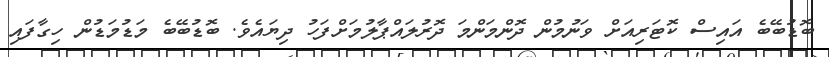
ބޮޑުބޭބެ އައިސް ކޮޓަރިއަށް ވަނުމުން ދޮންމަންމަ ދޮރުލައްޕާލުމަށްފަހު ދިޔައެވެ. ބޮޑުބޭބެ މަޑުމަޑުން ހިގާފައި